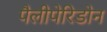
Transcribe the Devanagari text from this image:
पैलीपेरिडोन